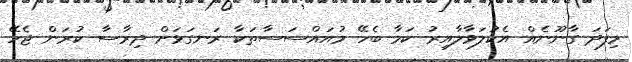
މިފަދަ ގާނޫނެއް އެކުލަވާލާއިރު ކަމާ ބެހޭ މުއައްސަސާތަކާ ރަނގަޅަށް ދިރާސާ ކުރަން ޖެހޭ